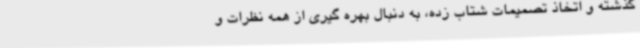
گذشته و اتخاذ تصمیمات شتاب زده، به دنبال بهره گیری از همه نظرات و